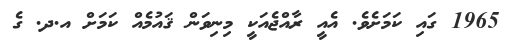
1965 ގައި ކަމަށެވެ. އެއީ ރާއްޖެއަކީ މިނިވަން ޤައުމެއް ކަމަށް އ.ދ. ގެ